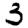
Digit: 3